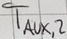
Text: TAUX,2